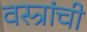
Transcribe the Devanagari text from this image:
वस्त्रांची